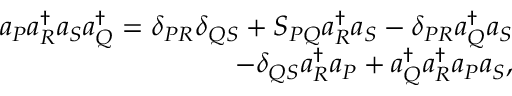
\begin{array} { r } { a _ { P } a _ { R } ^ { \dagger } a _ { S } a _ { Q } ^ { \dagger } = \delta _ { P R } \delta _ { Q S } + S _ { P Q } a _ { R } ^ { \dagger } a _ { S } - \delta _ { P R } a _ { Q } ^ { \dagger } a _ { S } } \\ { - \delta _ { Q S } a _ { R } ^ { \dagger } a _ { P } + a _ { Q } ^ { \dagger } a _ { R } ^ { \dagger } a _ { P } a _ { S } , } \end{array}